Document type: Emphyteutic lease
Year: 1473
Scribe: [Unknown]
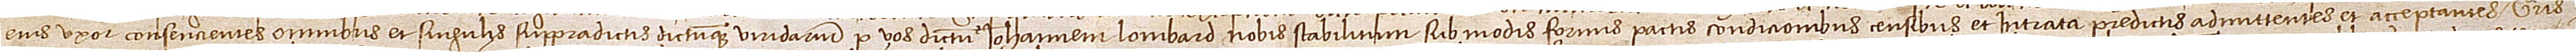
eius uxor, consencientes omnibus et singulis suppradictis dictumque viridiarium per vos dictum Iohannem Lombard nobis stabilitum sub modis, formis, pactis, condicionibus, censibus et intrata predictis admittentes et acceptantes, gratis